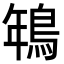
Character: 鵇